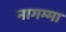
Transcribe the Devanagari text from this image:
नागम्मा